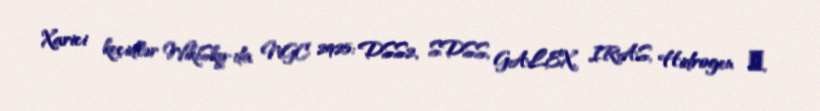
Xarici keçidlər WikiSky-da NGC 2925: DSS2, SDSS, GALEX, IRAS, Hidrogen α,